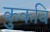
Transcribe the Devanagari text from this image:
कुकवि